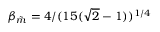
\beta _ { \tilde { m } } = 4 / ( 1 5 ( \sqrt { 2 } - 1 ) ) ^ { 1 / 4 }